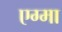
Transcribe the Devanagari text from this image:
एग्मा